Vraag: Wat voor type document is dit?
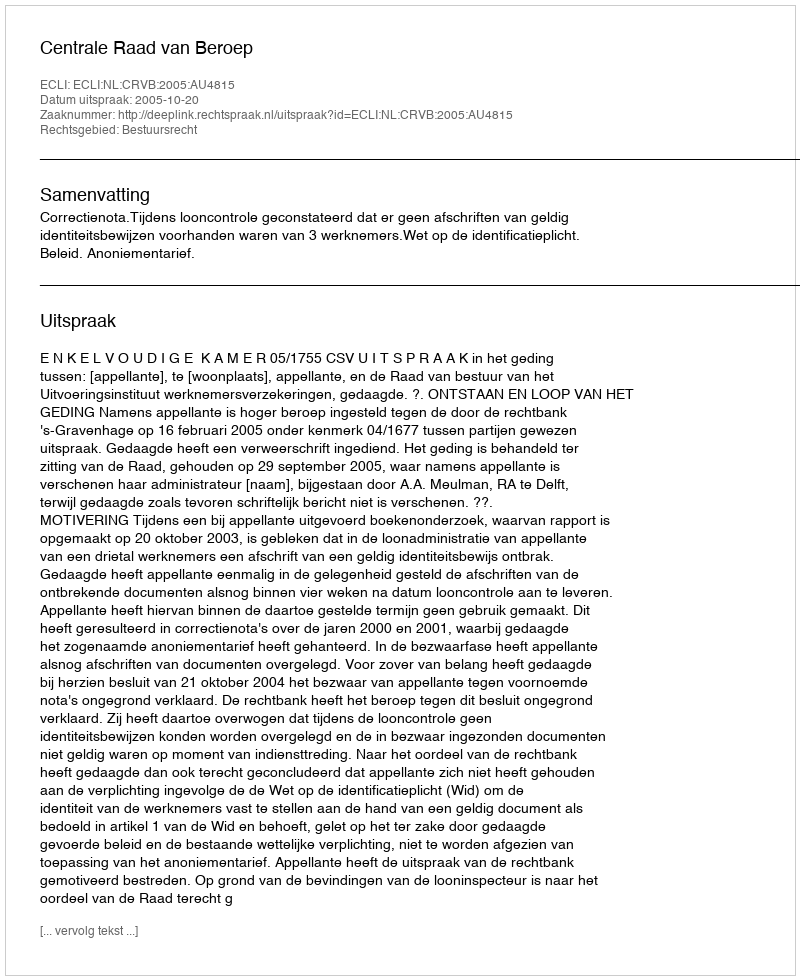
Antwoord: Uitspraak